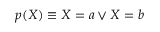
p ( X ) \equiv X = a \lor X = b